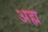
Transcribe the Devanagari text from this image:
अह्म